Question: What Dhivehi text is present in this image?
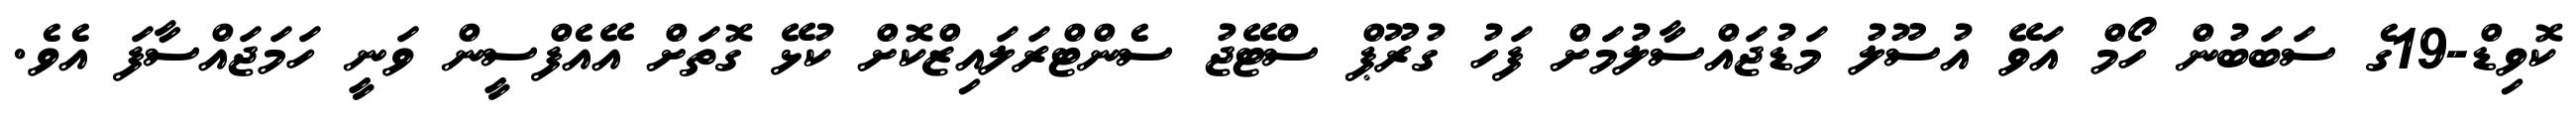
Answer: ކޮވިޑް-19ގެ ސަބަބުން ހޯމް އަވޭ އުސޫލު މަޑުޖައްސާލުމަށް ފަހު ގުރޫޕް ސްޓޭޖު ސެންޓްރަލައިޒްކޮށް ކުޅޭ ގޮތަށް އޭއެފްސީން ވަނީ ހަމަޖައްސާފަ އެވެ.